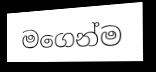
මගෙන්ම